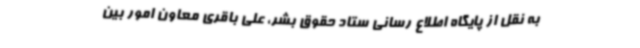
به نقل از پایگاه اطلاع رسانی ستاد حقوق بشر، علی باقری معاون امور بین